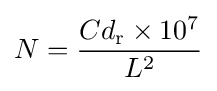
N={\frac {Cd_{\text{r}}\times 10^{7}}{L^{2}}}